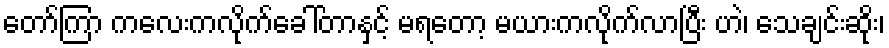
တော်ကြာ ကလေးကလိုက်ခေါ်တာနှင့် မရတော့ မယားကလိုက်လာပြီး ဟဲ၊ သေချင်းဆိုး၊